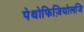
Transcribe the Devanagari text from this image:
पेथोफिज़ियोलजि